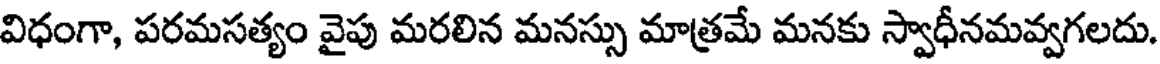
విధంగా, పరమసత్యం వైపు మరలిన మనస్సు మాత్రమే మనకు స్వాధీనమవ్వగలదు.